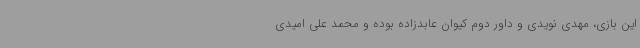
این بازی، مهدی نویدی و داور دوم کیوان عابدزاده بوده و محمد علی امیدی